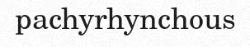
pachyrhynchous